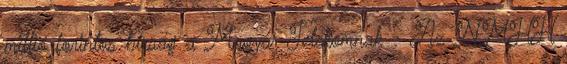
millió forintos bírság a Magyar Telekomnak - Az NMHH